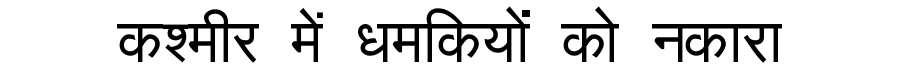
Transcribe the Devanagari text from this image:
कश्मीर में धमकियों को नकारा